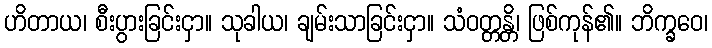
ဟိတာယ၊ စီးပွားခြင်းငှာ။ သုခါယ၊ ချမ်းသာခြင်းငှာ။ သံဝတ္တန္တိ၊ ဖြစ်ကုန်၏။ ဘိက္ခဝေ၊